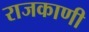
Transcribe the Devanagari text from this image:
राजकाणी